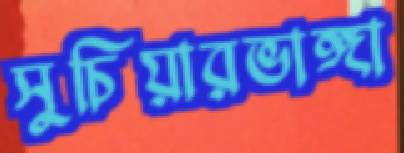
সুচিয়ারভাঙ্গা